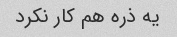
یه ذره هم کار نکرد